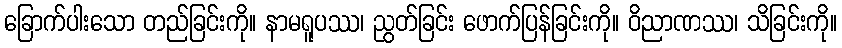
ခြောက်ပါးသော တည်ခြင်းကို။ နာမရူပဿ၊ ညွတ်ခြင်း ဖောက်ပြန်ခြင်းကို။ ဝိညာဏဿ၊ သိခြင်းကို။